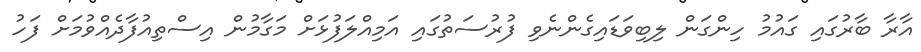
އާރާ ބާރުގައި ގައުމު ހިންގަން ލިބިވަޑައިގެންނެވި ފުރުސަތުގައި އަމިއްލަފުޅަށް މަގާމުން އިސްތިއުފާދެއްވުމަށް ފަހު